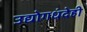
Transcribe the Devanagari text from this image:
उद्योगधंदेही